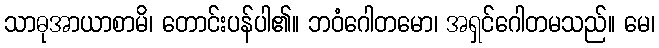
သာဓုအာယာစာမိ၊ တောင်းပန်ပါ၏။ ဘဝံဂေါတမော၊ အရှင်ဂေါတမသည်။ မေ၊